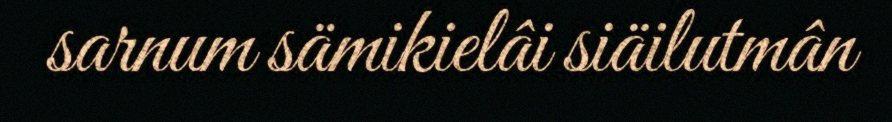
sarnum sämikielâi siäilutmân